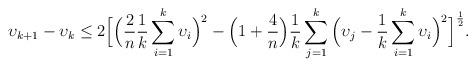
LaTeX: \begin{align*}\upsilon_{k+1}-\upsilon_k\leq2\Big[\Big(\frac{2}{n}\frac{1}{k}\sum_{i=1}^k\upsilon_i\Big)^2-\Big(1+\frac{4}{n}\Big)\frac{1}{k}\sum_{j=1}^k\Big(\upsilon_j-\frac{1}{k}\sum_{i=1}^k\upsilon_i\Big)^2\Big]^\frac{1}{2}.\end{align*}